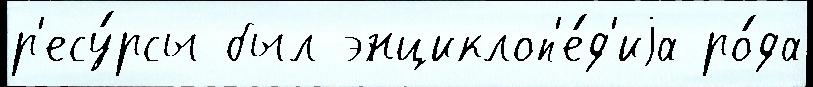
р'есу́рсы был энциклоп'е́д'иjа ро́да